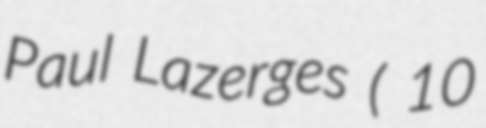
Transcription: Paul Lazerges ( 10